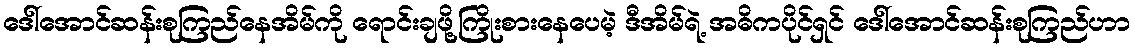
ဒေါ်အောင်ဆန်းစုကြည်နေအိမ်ကို ရောင်းချဖို့ကြိုးစားနေပေမဲ့ ဒီအိမ်ရဲ့ အဓိကပိုင်ရှင် ဒေါ်အောင်ဆန်းစုကြည်ဟာ